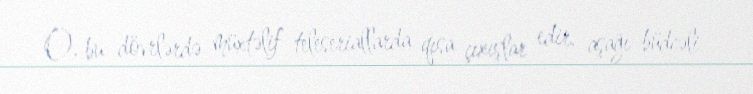
O, bu dövrlərdə müxtəlif teleseriallarda qısa çıxışlar edir, aşağı büdcəli